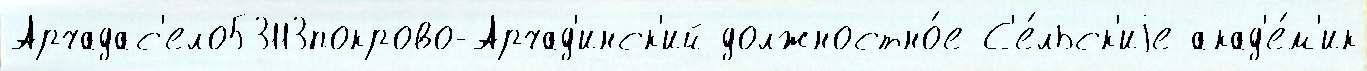
Арчадас'ело53113покрово-Арчад'инск'ий должностно́е С'е́льск'иjе акад'е́м'ик